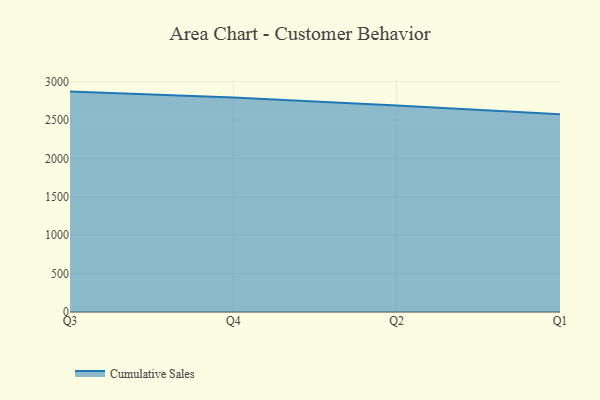
{"axis": {"x": "Quarter", "y": "Operating Costs (USD K)"}, "legend": ["Cumulative Sales"], "data": [{"x": "Q3", "y": 2870.3, "type": "Cumulative Sales"}, {"x": "Q4", "y": 2792.7, "type": "Cumulative Sales"}, {"x": "Q2", "y": 2689.5, "type": "Cumulative Sales"}, {"x": "Q1", "y": 2575.2, "type": "Cumulative Sales"}]}